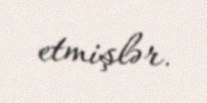
etmişlər.